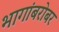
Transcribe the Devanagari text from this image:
भागांबरोबर